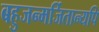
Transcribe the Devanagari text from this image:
बहुजन्मर्जितान्यपि